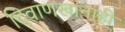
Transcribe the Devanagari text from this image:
दिवाणखानाही